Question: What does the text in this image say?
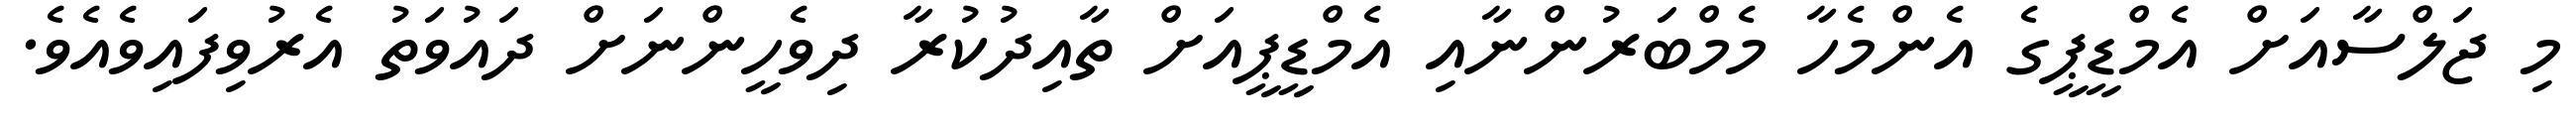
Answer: މި ޖަލްސާއަށް އެމްޑީޕީގެ އެންމެހާ މެމްބަރުންނާއި އެމްޑީޕީއަށް ތާއިދުކުރާ ދިވެހީންނަށް ދައުވަތު އެރުވިފައިވެއެވެ.